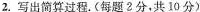
写出简算过程。（每题2分，共10分）